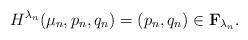
LaTeX: \begin{align*} H^{\lambda_n}(\mu_n , p_n, q_n)=(p_n, q_n)\in \textbf{F}_{\lambda_n}.\end{align*}